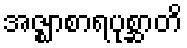
အဇ္ဈာစာရပုစ္ဆာတိ